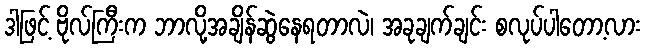
ဒါဖြင့် ဗိုလ်ကြီးက ဘာလို့အချိန်ဆွဲနေရတာလဲ၊ အခုချက်ချင်း စလုပ်ပါတော့လား